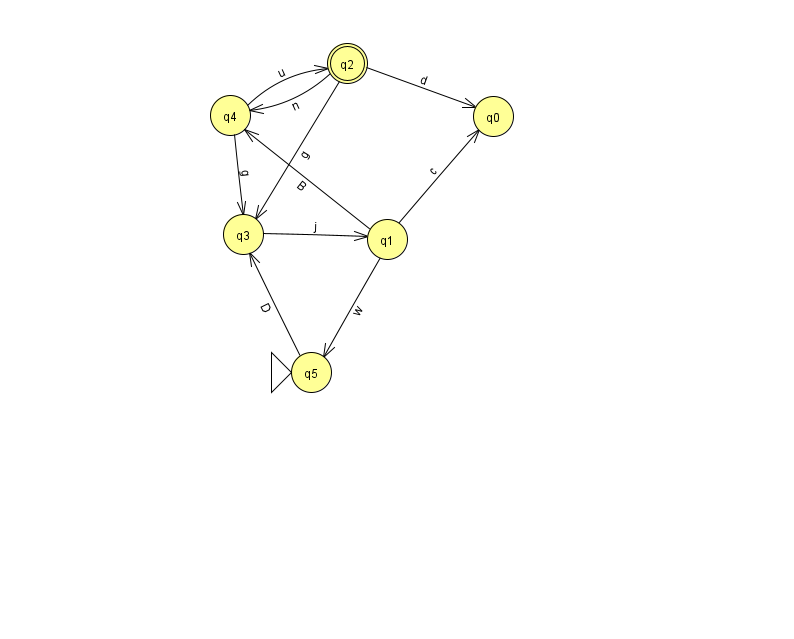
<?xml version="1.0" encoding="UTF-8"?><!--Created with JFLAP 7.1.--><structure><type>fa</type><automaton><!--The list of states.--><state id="0" name="q0"><x>493.0</x><y>103.0</y></state><state id="1" name="q1"><x>387.0</x><y>226.0</y></state><state id="2" name="q2"><x>347.0</x><y>50.0</y><final/></state><state id="3" name="q3"><x>243.0</x><y>221.0</y></state><state id="4" name="q4"><x>230.0</x><y>102.0</y></state><state id="5" name="q5"><x>311.0</x><y>359.0</y><initial/></state><!--The list of transitions.--><transition><from>1</from><to>0</to><read>c</read></transition><transition><from>1</from><to>5</to><read>w</read></transition><transition><from>3</from><to>1</to><read>j</read></transition><transition><from>4</from><to>2</to><read>u</read></transition><transition><from>2</from><to>3</to><read>g</read></transition><transition><from>4</from><to>3</to><read>g</read></transition><transition><from>1</from><to>4</to><read>B</read></transition><transition><from>5</from><to>3</to><read>D</read></transition><transition><from>2</from><to>4</to><read>n</read></transition><transition><from>2</from><to>0</to><read>d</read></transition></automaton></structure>